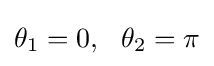
\theta _{1}=0,\ \ \theta _{2}=\pi